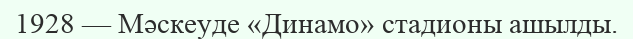
1928 — Мәскеуде «Динамо» стадионы ашылды.